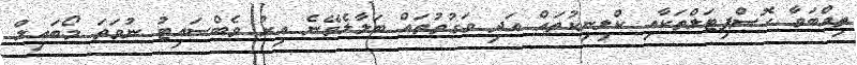
ތިއްބަވާ ހޮސްޕިޓަލްތަކާއި ކްލިނިކުތައް އަދި ވަގުތުތައް ބަލާލެވޭނެ އިރު ވެބްސައިޓު ނުވަތަ މޯބައިލް